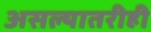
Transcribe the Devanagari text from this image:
असल्यातरीही